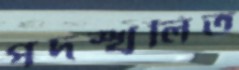
পদস্খলিত